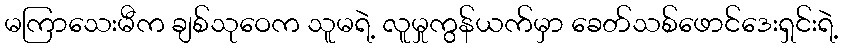
မကြာသေးမီက ချစ်သုဝေက သူမရဲ့ လူမှုကွန်ယက်မှာ ခေတ်သစ်ဖောင်ဒေးရှင်းရဲ့